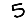
Digit: 5